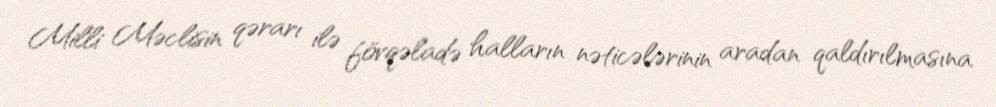
Milli Məclisin qərarı ilə fövqəladə halların nəticələrinin aradan qaldırılmasına